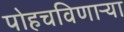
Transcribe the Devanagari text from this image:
पोहचविणाऱ्या